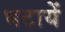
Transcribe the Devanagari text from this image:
घटायें